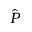
\hat { P }